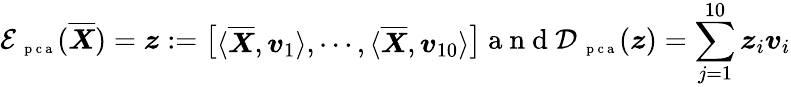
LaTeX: \mathcal E_{\mathrm{~\scriptsize~p~c~a~}}(\overline{{\boldsymbol X}})=\boldsymbol z:=\left[\begin{array}{l}{\langle\overline{{\boldsymbol X}},\boldsymbol v_{1}\rangle,\cdots,\langle\overline{{\boldsymbol X}},\boldsymbol v_{10}\rangle}\end{array}\right]\mathrm{~a~n~d~}\mathcal D_{\mathrm{~\scriptsize~p~c~a~}}(\boldsymbol z)=\sum_{j=1}^{10}\boldsymbol z_{i}\boldsymbol v_{i}